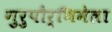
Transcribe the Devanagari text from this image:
गुरुपौर्णिमेला